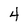
Character: 4